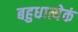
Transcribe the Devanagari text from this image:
बहुधात्येकं